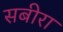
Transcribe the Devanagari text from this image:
सबीरा